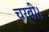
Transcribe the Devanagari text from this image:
चर्बी।